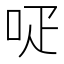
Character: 𠰊